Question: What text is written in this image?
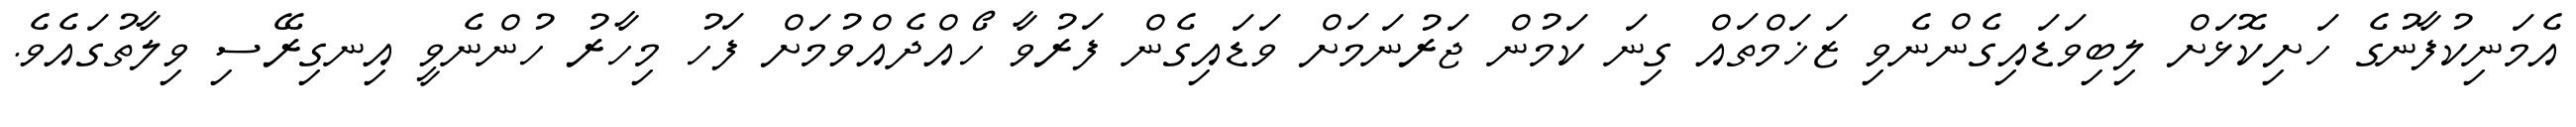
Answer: އެމަނިކުފާނުގެ ހަށިކޮޅަށް ލިބިވަޑައިގެންނެވި ޒަޚަމްތައް ގިނަ ކަމުން ޖަރުނަމަށް ވަޑައިގެން ފަރުވާ ހޯއްދެއްވުމަށް ފަހު މިހާރު ހުންނެވީ އިނގިރޭސި ވިލާތުގައެވެ.